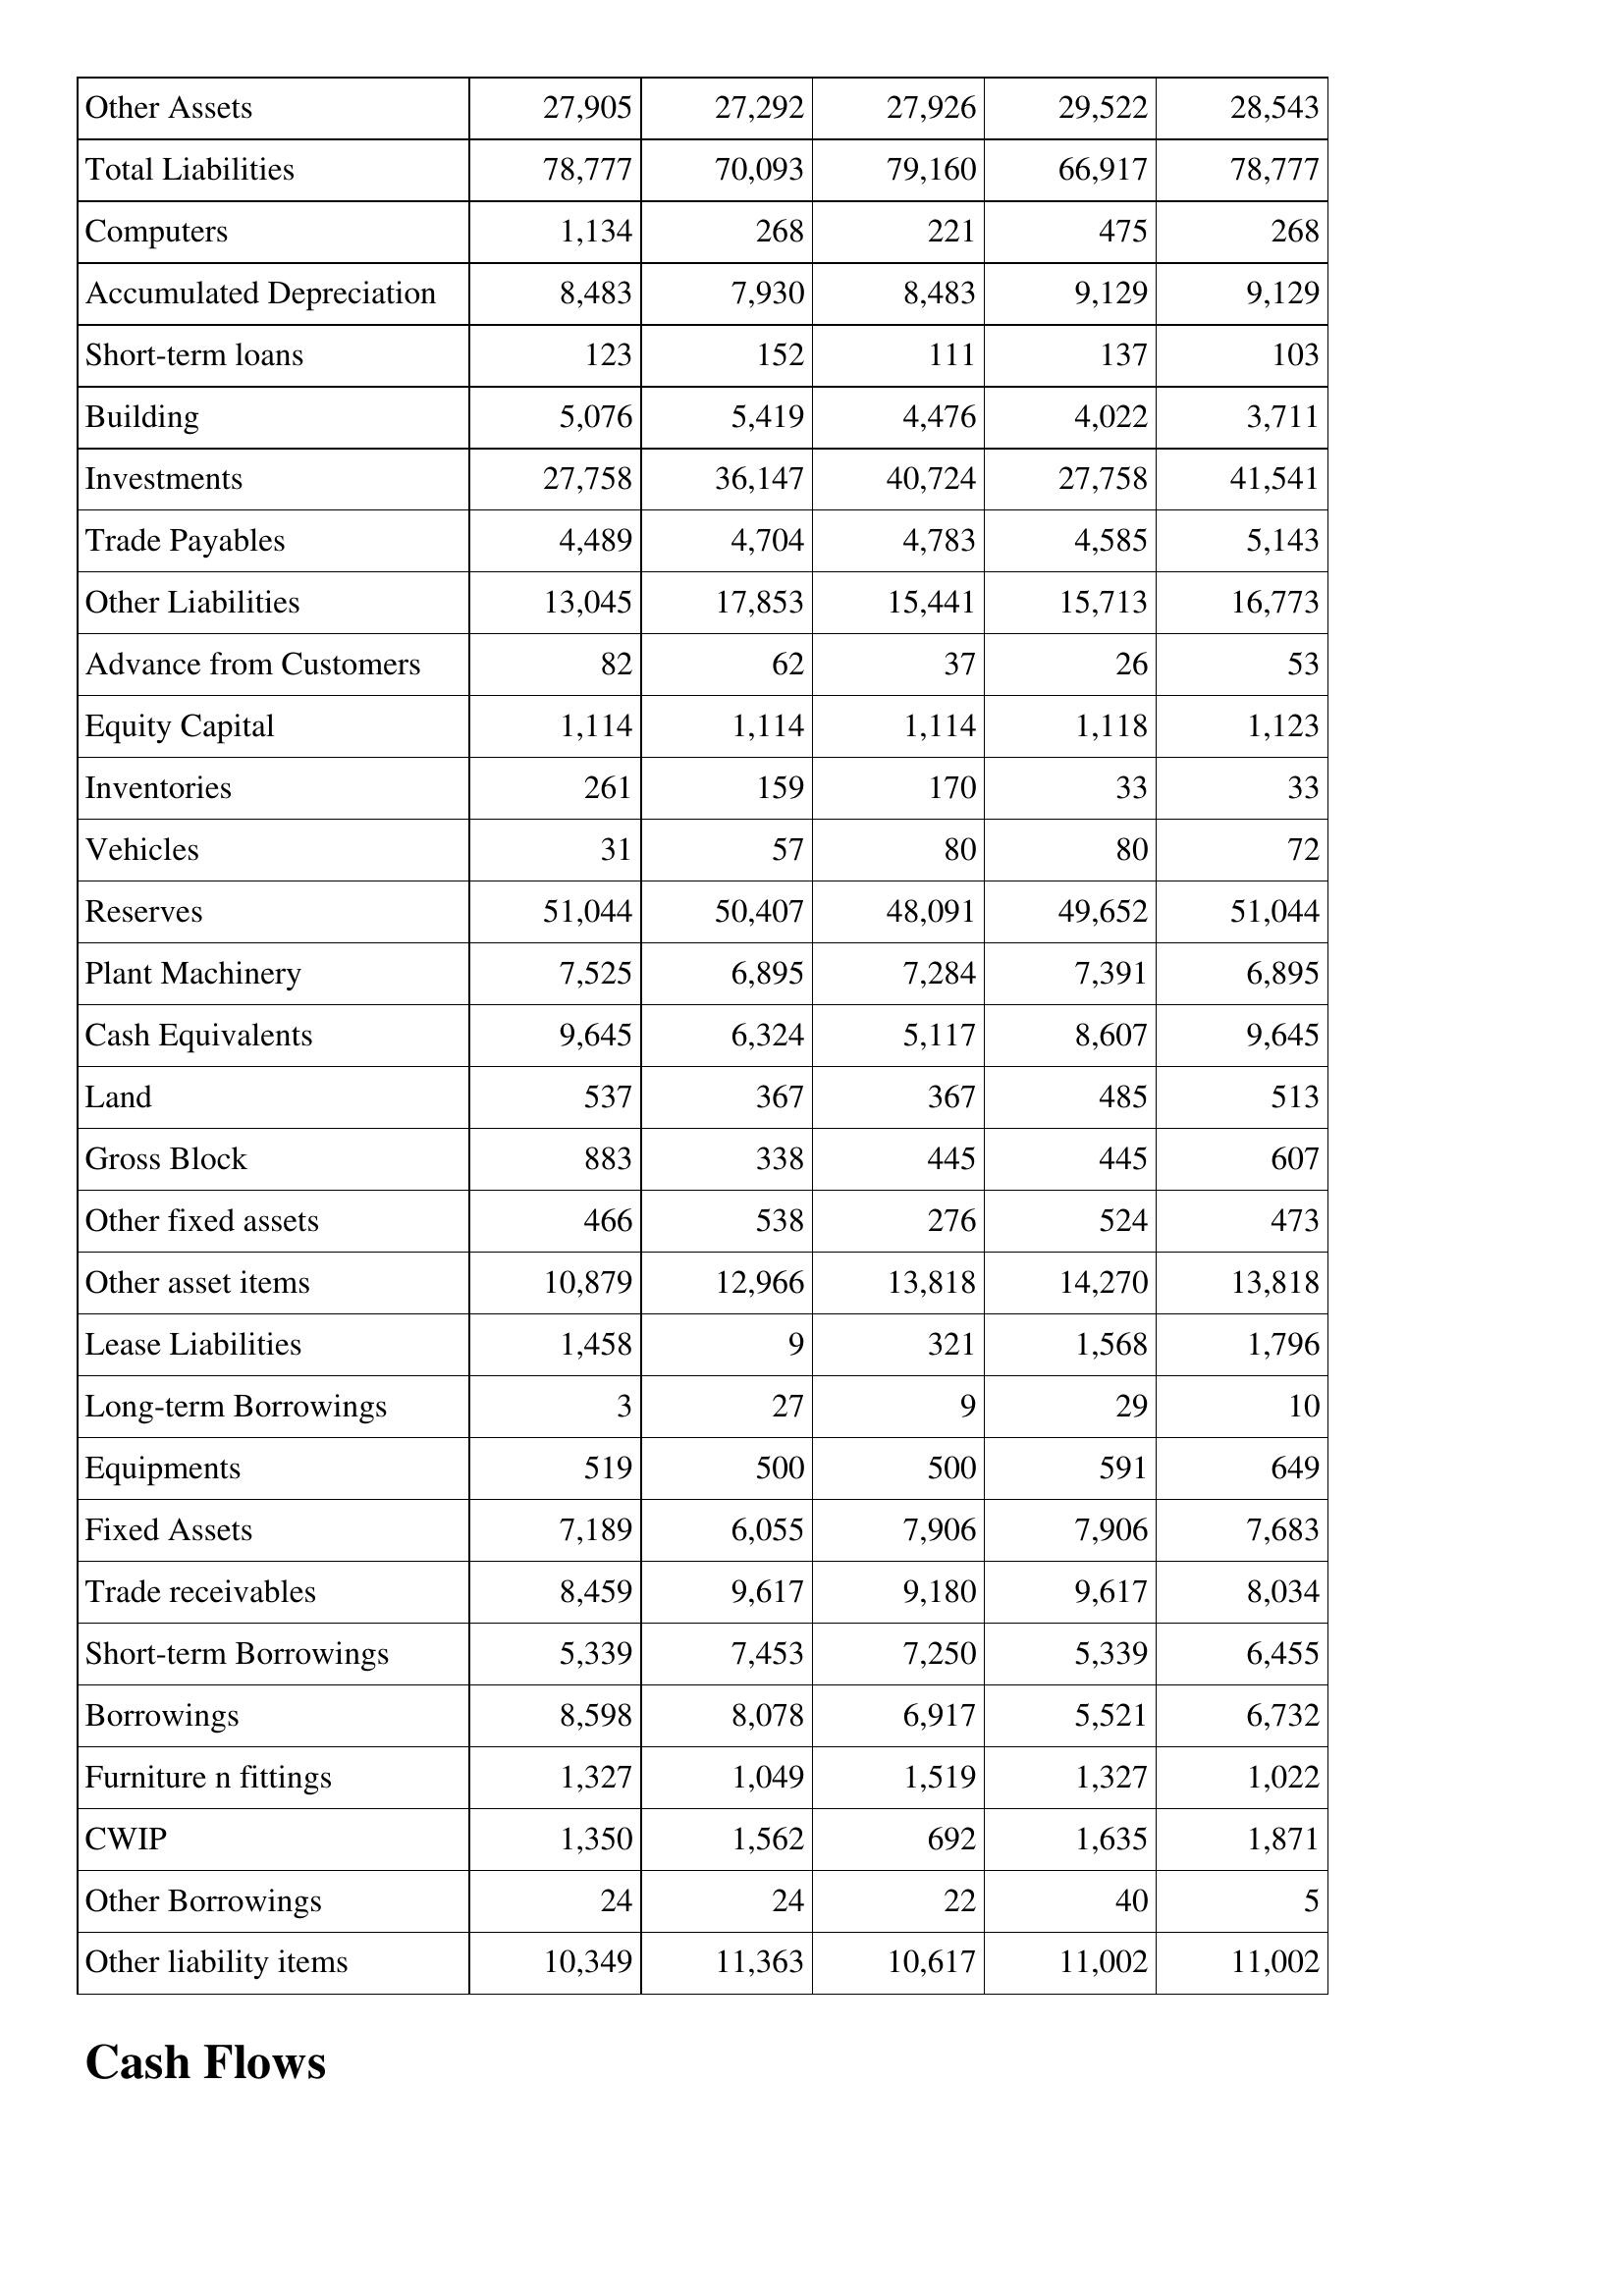
Mar-05: Balance Sheet: Other Assets: 27,905
Total Liabilities: 78,777
Computers: 1,134
Accumulated Depreciation: 8,483
Short-term loans: 123
Building: 5,076
Investments: 27,758
Trade Payables: 4,489
Other Liabilities: 13,045
Advance from Customers: 82
Equity Capital: 1,114
Inventories: 261
Vehicles: 31
Reserves: 51,044
Plant Machinery: 7,525
Cash Equivalents: 9,645
Land: 537
Gross Block: 883
Other fixed assets: 466
Other asset items: 10,879
Lease Liabilities: 1,458
Long-term Borrowings: 3
Equipments: 519
Fixed Assets: 7,189
Trade receivables: 8,459
Short-term Borrowings: 5,339
Borrowings: 8,598
Furniture n fittings: 1,327
CWIP: 1,350
Other Borrowings: 24
Other liability items: 10,349
Mar-04: Balance Sheet: Other Assets: 27,292
Total Liabilities: 70,093
Computers: 268
Accumulated Depreciation: 7,930
Short-term loans: 152
Building: 5,419
Investments: 36,147
Trade Payables: 4,704
Other Liabilities: 17,853
Advance from Customers: 62
Equity Capital: 1,114
Inventories: 159
Vehicles: 57
Reserves: 50,407
Plant Machinery: 6,895
Cash Equivalents: 6,324
Land: 367
Gross Block: 338
Other fixed assets: 538
Other asset items: 12,966
Lease Liabilities: 9
Long-term Borrowings: 27
Equipments: 500
Fixed Assets: 6,055
Trade receivables: 9,617
Short-term Borrowings: 7,453
Borrowings: 8,078
Furniture n fittings: 1,049
CWIP: 1,562
Other Borrowings: 24
Other liability items: 11,363
Mar-03: Balance Sheet: Other Assets: 27,926
Total Liabilities: 79,160
Computers: 221
Accumulated Depreciation: 8,483
Short-term loans: 111
Building: 4,476
Investments: 40,724
Trade Payables: 4,783
Other Liabilities: 15,441
Advance from Customers: 37
Equity Capital: 1,114
Inventories: 170
Vehicles: 80
Reserves: 48,091
Plant Machinery: 7,284
Cash Equivalents: 5,117
Land: 367
Gross Block: 445
Other fixed assets: 276
Other asset items: 13,818
Lease Liabilities: 321
Long-term Borrowings: 9
Equipments: 500
Fixed Assets: 7,906
Trade receivables: 9,180
Short-term Borrowings: 7,250
Borrowings: 6,917
Furniture n fittings: 1,519
CWIP: 692
Other Borrowings: 22
Other liability items: 10,617
Mar-02: Balance Sheet: Other Assets: 29,522
Total Liabilities: 66,917
Computers: 475
Accumulated Depreciation: 9,129
Short-term loans: 137
Building: 4,022
Investments: 27,758
Trade Payables: 4,585
Other Liabilities: 15,713
Advance from Customers: 26
Equity Capital: 1,118
Inventories: 33
Vehicles: 80
Reserves: 49,652
Plant Machinery: 7,391
Cash Equivalents: 8,607
Land: 485
Gross Block: 445
Other fixed assets: 524
Other asset items: 14,270
Lease Liabilities: 1,568
Long-term Borrowings: 29
Equipments: 591
Fixed Assets: 7,906
Trade receivables: 9,617
Short-term Borrowings: 5,339
Borrowings: 5,521
Furniture n fittings: 1,327
CWIP: 1,635
Other Borrowings: 40
Other liability items: 11,002
Mar-01: Balance Sheet: Other Assets: 28,543
Total Liabilities: 78,777
Computers: 268
Accumulated Depreciation: 9,129
Short-term loans: 103
Building: 3,711
Investments: 41,541
Trade Payables: 5,143
Other Liabilities: 16,773
Advance from Customers: 53
Equity Capital: 1,123
Inventories: 33
Vehicles: 72
Reserves: 51,044
Plant Machinery: 6,895
Cash Equivalents: 9,645
Land: 513
Gross Block: 607
Other fixed assets: 473
Other asset items: 13,818
Lease Liabilities: 1,796
Long-term Borrowings: 10
Equipments: 649
Fixed Assets: 7,683
Trade receivables: 8,034
Short-term Borrowings: 6,455
Borrowings: 6,732
Furniture n fittings: 1,022
CWIP: 1,871
Other Borrowings: 5
Other liability items: 11,002